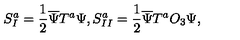
S _ { I } ^ { a } = \frac 1 2 \overline { \Psi } T ^ { a } \Psi , S _ { I I } ^ { a } = \frac 1 2 \overline { \Psi } T ^ { a } O _ { 3 } \Psi ,